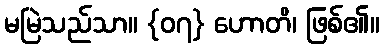
မမြဲသည်သာ။ {၀၇} ဟောတိ၊ ဖြစ်၏။